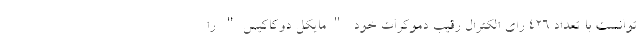
توانست با تعداد 426 رای الکترال رقیب دموکرات خود "مایکل دوکاکیس" را